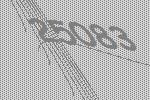
25083